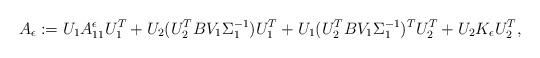
LaTeX: \begin{align*}A_{\epsilon}:=U_1 A_{11}^\epsilon U_1^T + U_2(U_2^TBV_1\Sigma_1^{-1})U_1^T+ U_1 (U_2^TBV_1\Sigma_1^{-1})^T U_2^T+ U_2 K_\epsilon U_2^T,\end{align*}